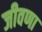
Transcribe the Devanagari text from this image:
जीवणा